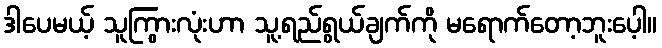
ဒါပေမယ့် သူကြွားလုံးဟာ သူ့ရည်ရွယ်ချက်ကို မရောက်တော့ဘူးပေ့ါ။